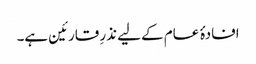
افادۂ عام کے لیے نذرِ قارئین ہے۔